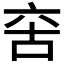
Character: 𠲩